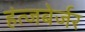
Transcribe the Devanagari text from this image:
हंत्जबेर्जर